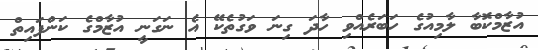
އުޒާމްކޮބާ ލާމިއުގެ ހަބަރެއްވި ހާދަ ގިނަ ވަގުތެކޭ އެ ނަގަނީ އުޒާމްގެ ކަންފައިތް